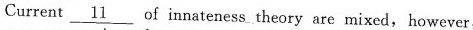
Current \underline{11} of innateness theory are mixed, however,